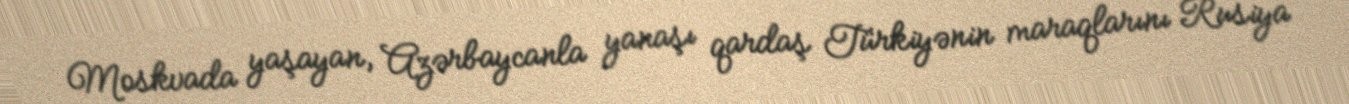
Moskvada yaşayan, Azərbaycanla yanaşı qardaş Türkiyənin maraqlarını Rusiya